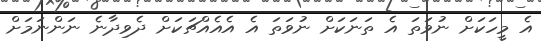
އެ މީހަކަށް ނުވަތަ އެ ތަނަކަށް ނުވަތަ އެ އެއެއްޗަކަށް ދެވިދާނެ ނަންނަމަށް